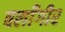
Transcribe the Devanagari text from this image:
बलाँगीर